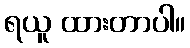
ရယူ ထားတာပါ။